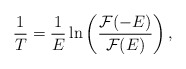
\begin{align*}\frac{1}{T} = \frac{1}{E} \ln \left(\frac{\mathcal{F}(-E)}{\mathcal{F}(E)} \right),\end{align*}